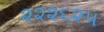
૨૨૨૬૨૫